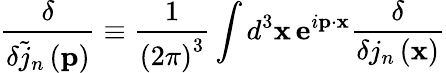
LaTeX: \frac\delta{\delta\tilde{j}_{n}\left(\mathbf{p}\right)}\equiv\frac 1{\left(2\pi\right)^{3}}\int d^{3}\mathbf{x\, e}^{i\mathbf{p\cdot x}}\frac\delta{\delta j_{n}\left(\mathbf{x}\right)}